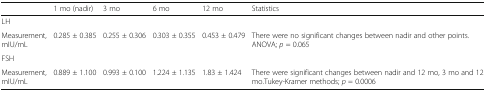
|  | 1 mo (nadir) | 3 mo | 6 mo | 12 mo | Statistics |
 | --- | --- | --- | --- | --- | --- |
 | <COLSPAN=6> LH |
 | Measurement, mIU/mL | 0.285 ± 0.385 | 0.255 ± 0.306 | 0.303 ± 0.355 | 0.453 ± 0.479 | There were no significant changes between nadir and other points. ANOVA; p = 0.065 |
 | <COLSPAN=6> FSH |
 | Measurement, mIU/mL | 0.889 ± 1.100 | 0.993 ± 0.100 | 1.224 ± 1.135 | 1.83 ± 1.424 | There were significant changes between nadir and 12 mo, 3 mo and 12 mo.Tukey-Kramer methods; p = 0.0006 |